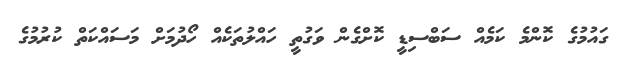
ގައުމުގެ ކޮންމެ ކަމެއް ސަބްސިޑީ ކޮށްގެން ވަގުތީ ހައްލުތަކެއް ހޯދުމަށް މަސައްކަތް ކުރުމުގެ